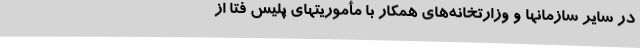
در سایر سازمانها و وزارتخانه‌های همکار با مأموریتهای پلیس فتا از